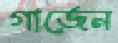
গার্জেন